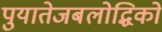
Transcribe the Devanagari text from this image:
पुयातेजबलोद्धिको